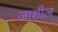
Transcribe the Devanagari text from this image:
जाशील